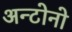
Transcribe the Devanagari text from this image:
अन्टोनो